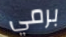
برمي